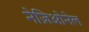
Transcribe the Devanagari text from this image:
नेज़िओनेल